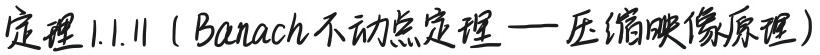
定理 1.1.11（Banach 不动点定理 — 压缩映像原理）